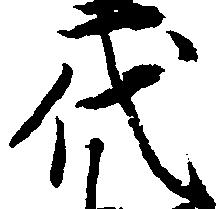
代